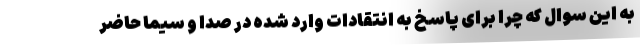
به این سوال که چرا برای پاسخ به انتقادات وارد شده در صدا و سیما حاضر